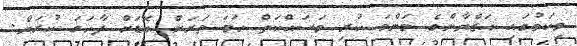
މިކަމުގައި އަޒްޔާންގެ މަންމަ ކުރި މަސައްކަތް ހަމަ ވަރަށް ބޮޑަށް ފާހަގަ ކުރަން.